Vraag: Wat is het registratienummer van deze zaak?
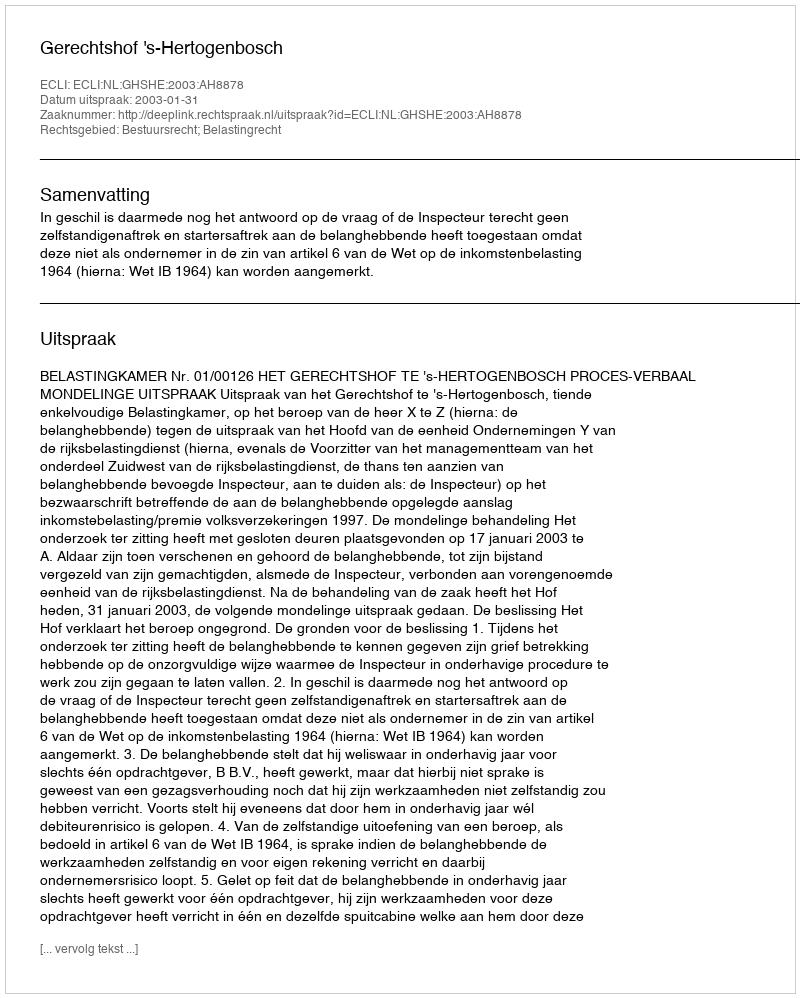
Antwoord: http://deeplink.rechtspraak.nl/uitspraak?id=ECLI:NL:GHSHE:2003:AH8878